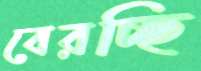
বেরচ্ছি